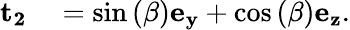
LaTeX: \begin{array}{rl}{\mathbf{{t_{2}}}}&{{}=\sin{(\beta)}\mathbf{e_{y}}+\cos{(\beta)}\mathbf{e_{z}}.}\end{array}